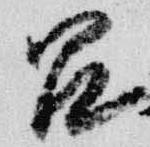
呂